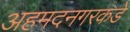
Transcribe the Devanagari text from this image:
अहमदनगरकडे